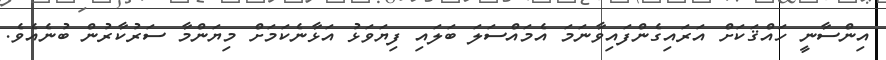
އިންސާނީ ހައްޤަކަށް އަރައިގެންފައިވާނަމަ އެމައްސަލަ ބަލައި ފިޔަވަޅު އަޅާނެކަމަށް މިޔަންމާ ސަރުކާރުން ބުނެއެވެ.